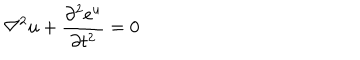
LaTeX: \nabla ^ { 2 } u + { \frac { \partial ^ { 2 } e ^ { u } } { \partial t ^ { 2 } } } = 0